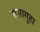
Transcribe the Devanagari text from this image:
नासागुहा